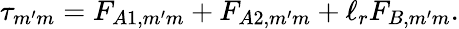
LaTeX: \tau_{m^{\prime}m}=F_{A1,m^{\prime}m}+F_{A2,m^{\prime}m}+\ell_{r}F_{B,m^{\prime}m}.